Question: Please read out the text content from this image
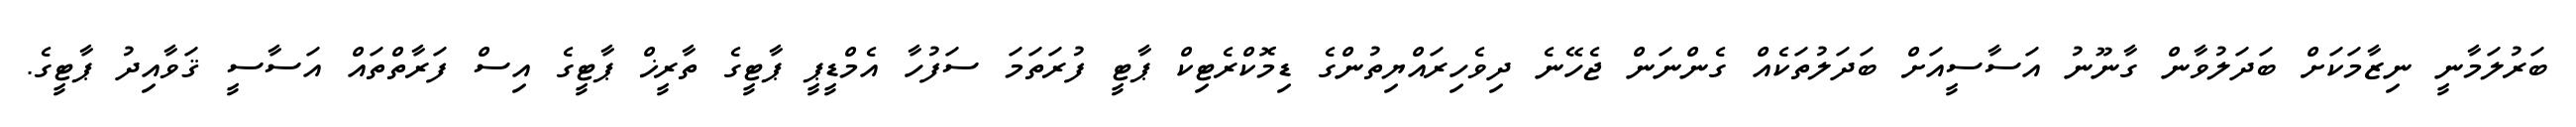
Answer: ބަރުލަމާނީ ނިޒާމަކަށް ބަދަލުވާން ގާނޫނު އަސާސީއަށް ބަދަލުތަކެއް ގެންނަން ޖެހޭނެ ދިވެހިރައްޔިތުންގެ ޑިމޮކްރެޓިކް ޕާޓީ ފުރަތަމަ ސަފުހާ އެމްޑީޕީ ޕާޓީގެ ތާރީޚް ޕާޓީގެ އިސް ފަރާތްތައް އަސާސީ ޤަވާއިދު ޕާޓީގެ.